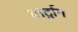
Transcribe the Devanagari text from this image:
बार्ट्राम